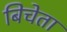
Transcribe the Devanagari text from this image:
बिचेता